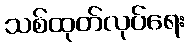
သစ်ထုတ်လုပ်ရေး